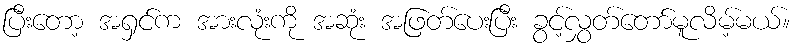
ပြီးတော့ အရှင်က အားလုံးကို အဆုံး အဖြတ်ပေးပြီး ခွင့်လွှတ်တော်မူလိမ့်မယ်။